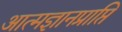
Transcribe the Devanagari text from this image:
आत्मज्ञानप्राप्ति